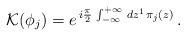
LaTeX: \begin{align*}{\cal K}(\phi_j) = e^{\,i \frac{\pi}{2}\,\int_{- \infty}^{+\infty}\,d z^1\,\pi_j(z)}\,.\end{align*}